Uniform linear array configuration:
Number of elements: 48
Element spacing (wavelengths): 1
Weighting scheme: exponential
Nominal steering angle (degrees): -30
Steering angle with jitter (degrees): -29.944
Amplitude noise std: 0.05
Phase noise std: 0.05

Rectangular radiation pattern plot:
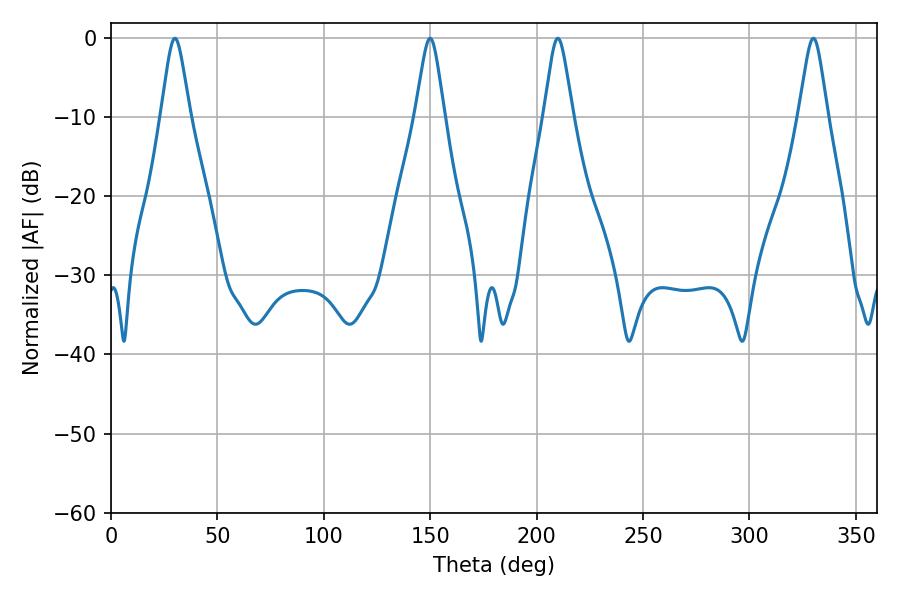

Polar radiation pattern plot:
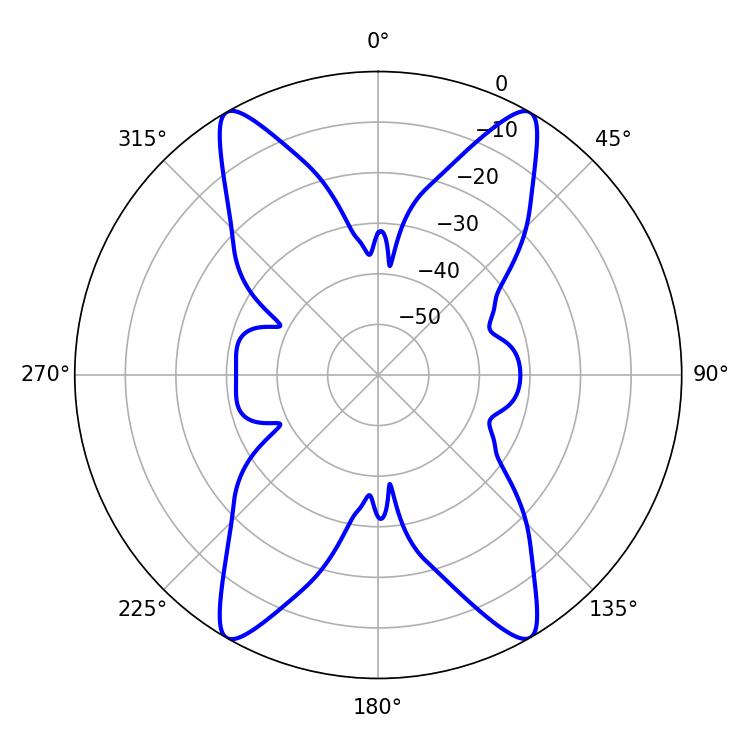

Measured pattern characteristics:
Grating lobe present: TRUE
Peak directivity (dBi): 35.762
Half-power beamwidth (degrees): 6.48
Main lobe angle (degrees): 30.06